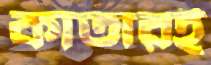
কাতারই